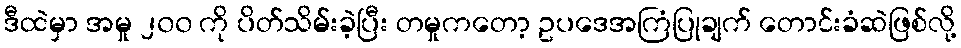
ဒီထဲမှာ အမှု ၂၀၀ ကို ပိတ်သိမ်းခဲ့ပြီး တမှုကတော့ ဥပဒေအကြံပြုချက် တောင်းခံဆဲဖြစ်လို့